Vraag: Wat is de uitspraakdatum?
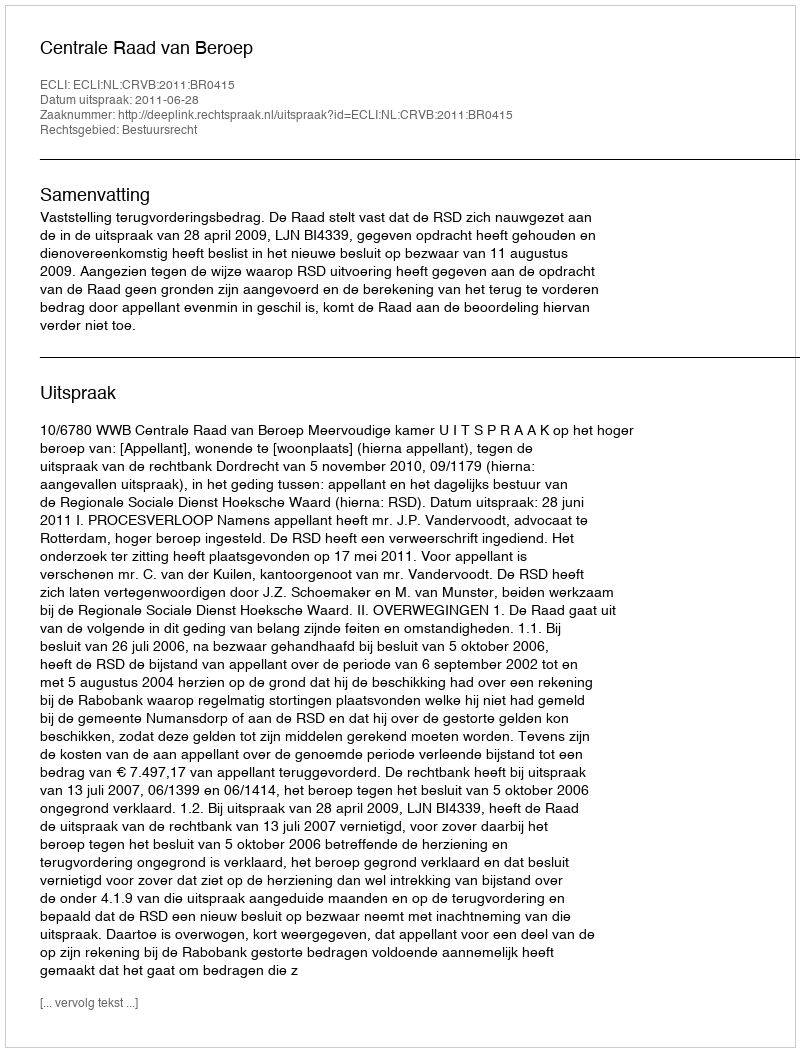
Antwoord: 2011-06-28